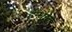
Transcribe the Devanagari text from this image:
हन्धाल